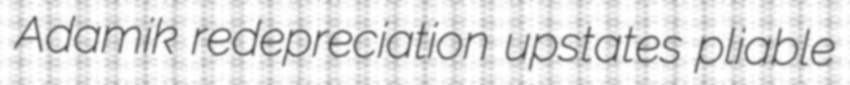
Adamik redepreciation upstates pliable